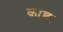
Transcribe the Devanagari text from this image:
काष्ठ।